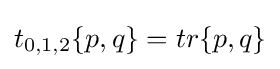
t_{0,1,2}\{p,q\}=tr\{p,q\}